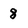
Character: 8